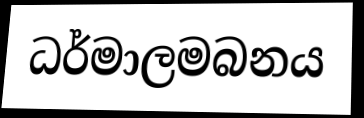
ධර්මාලමබනය